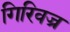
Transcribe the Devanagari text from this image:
गिरिवज्र